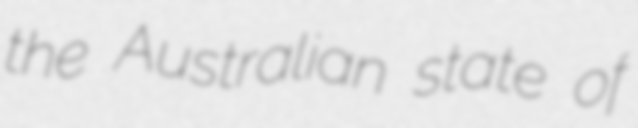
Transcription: the Australian state of